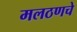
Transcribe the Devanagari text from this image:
मलठणचे